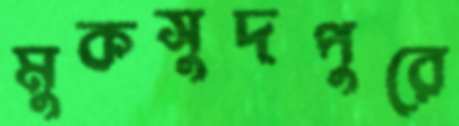
মুকসুদপুরে